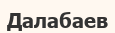
Далабаев